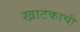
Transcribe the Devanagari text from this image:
खाटकाची